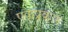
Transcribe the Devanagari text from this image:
एकप्रकार